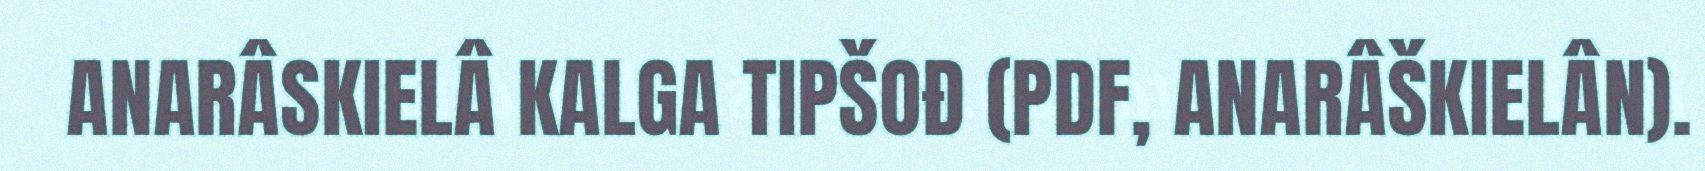
ANARÂSKIELÂ KALGA TIPŠOĐ (PDF, ANARÂŠKIELÂN).